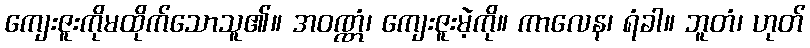
ကျေးဇူးကိုမထိုက်သောသူ၏။ အဝဏ္ဏံ၊ ကျေးဇူးမဲ့ကို။ ကာလေန၊ ရံခါ။ ဘူတံ၊ ဟုတ်